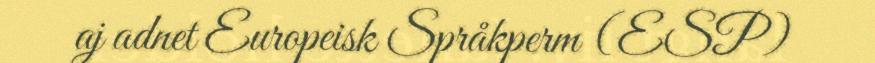
aj adnet Europeisk Språkperm (ESP)